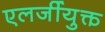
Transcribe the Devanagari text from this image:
एलर्जीयुक्त